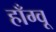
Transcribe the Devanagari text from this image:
हाँग्वू